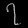
Digit: ၇